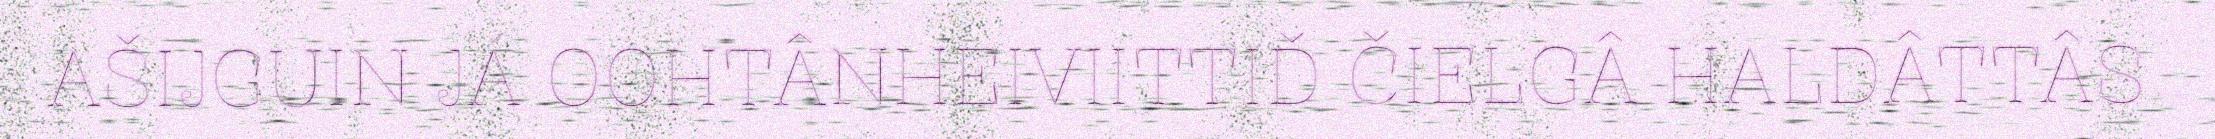
AŠIJGUIN JÁ OOHTÂNHEIVIITTIĐ ČIELGÂ HALDÂTTÂS